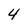
Character: 4